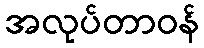
အလုပ်တာဝန်